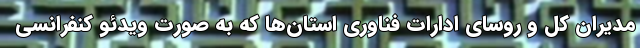
مدیران کل و روسای ادارات فناوری استان‌ها که به صورت ویدئو کنفرانسی